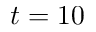
t = 1 0